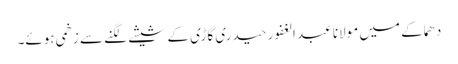
دھماکے میں مولانا عبد الغفور حیدری گاڑی کے شیشے لگنے سے زخمی ہوئے۔